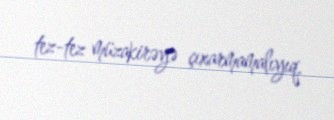
tez-tez müzakirəyə çıxarmamalıyıq.